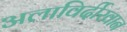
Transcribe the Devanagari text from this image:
अलाविर्दीखान